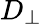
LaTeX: D_{\perp}